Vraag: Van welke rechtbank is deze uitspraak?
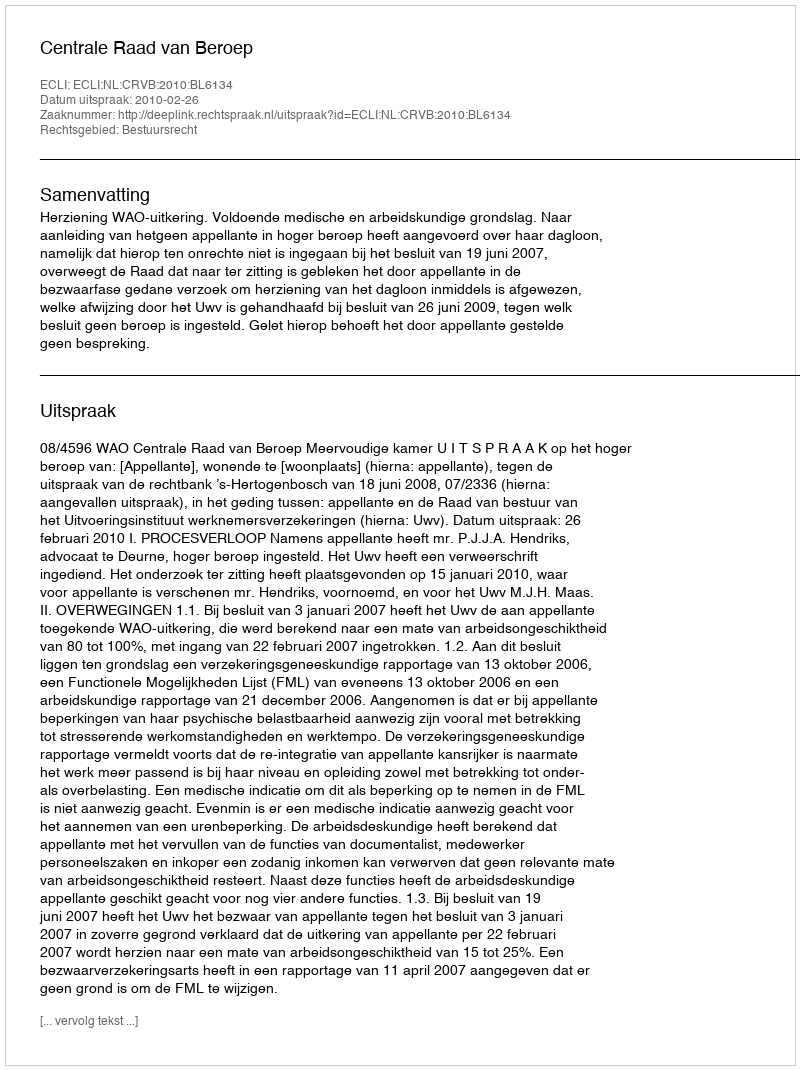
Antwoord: Centrale Raad van Beroep